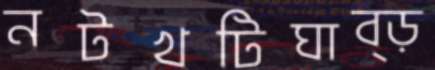
নটখটিঘাব্‌ড়